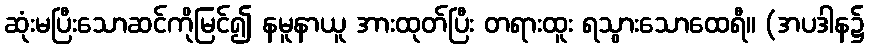
ဆုံးမပြီးသောဆင်ကိုမြင်၍ နမူနာယူ အားထုတ်ပြီး တရားထူး ရသွားသောထေရီ။ (အပဒါန၌